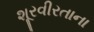
શૂરવીરતાના